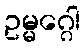
ဥမ္မဂ္ဂေါ